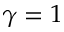
\gamma = 1